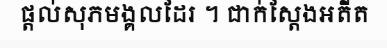
ផ្តល់សុភមង្គលដែរ ។ ជាក់ស្តែងអតីត